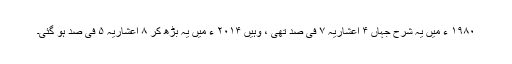
۱۹۸۰ ء میں یہ شرح جہاں ۴ اعشاریہ ۷ فی صد تھی ، وہیں ۲۰۱۴ ء میں یہ بڑھ کر ۸ اعشاریہ ۵ فی صد ہو گئی۔